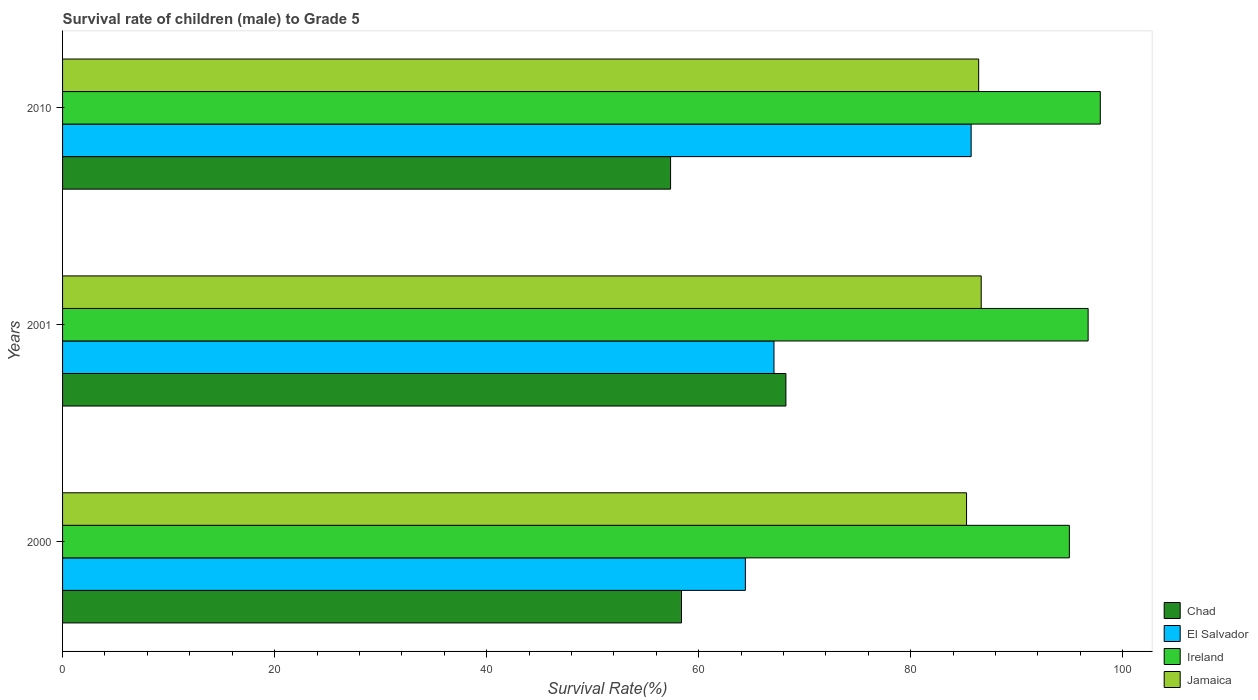
| Years | Chad | El Salvador | Ireland | Jamaica |
 | --- | --- | --- | --- | --- |
 | 2000 | 58.4 | 64.4 | 95 | 85.3 |
 | 2001 | 68.2 | 67.1 | 96.7 | 86.6 |
 | 2010 | 57.3 | 85.7 | 97.9 | 86.4 |